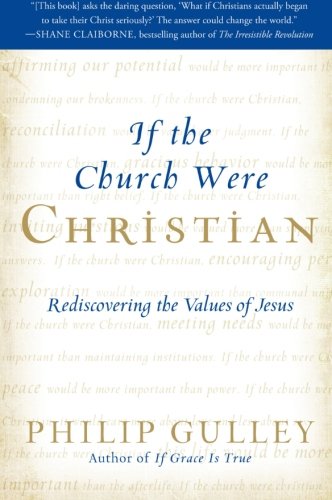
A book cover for If the Church Were Christian: Rediscovering the Values of Jesus; Philip Gulley; Christian Books & Bibles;